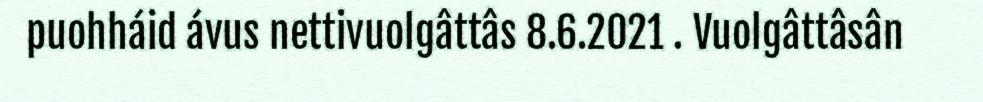
puohháid ávus nettivuolgâttâs 8.6.2021 . Vuolgâttâsân